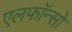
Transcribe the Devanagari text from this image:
एलफाॅन्सो